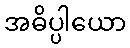
အဓိပ္ပါယော